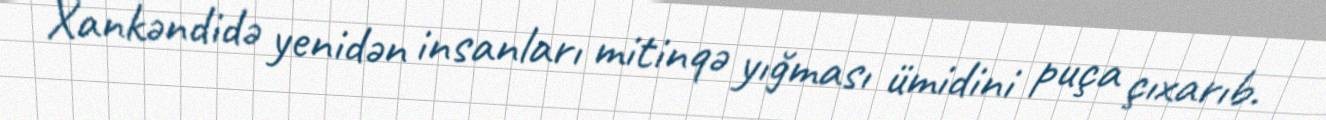
Xankəndidə yenidən insanları mitinqə yığması ümidini puça çıxarıb.